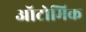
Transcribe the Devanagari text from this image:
ऑटोमिक